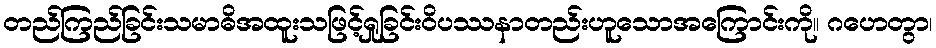
တည်ကြည်ခြင်းသမာဓိအထူးသဖြင့်ရှုခြင်းဝိပဿနာတည်းဟူသောအကြောင်းကို။ ဂဟေတွာ၊